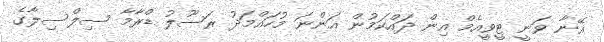
އޭނާ ވަނީ ޓީވީއެމް އިން ދައްކަމުން އަންނަ މުހައްމަދު ރަސޫލު ޑްރާމާ ސިލްސިލާގެ